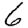
Digit: 6